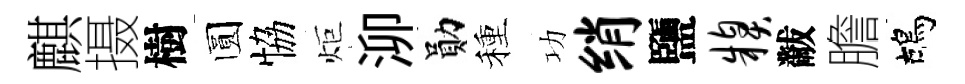
麒摄樹圆恊炬泖勛種功绡鹽糗黻膽鴣